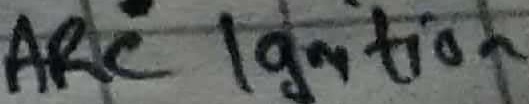
Text: ARC Ignition